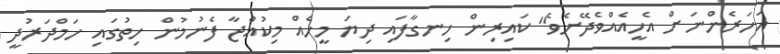
އަހަރެންނަށް އެހީއެއްވެދޭށެވެ" ކައިރިން ހިނގާފައި ދިޔަ މީހެއް މިކުއްޖާ ފެނުމުން ހިތުގައި ހަމްދަރުދީ